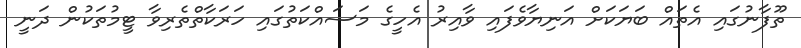
ތޫފާނުގައި އެތައް ބަޔަކަށް އަނިޔާވެފައި ވާއިރު އެހީގެ މަސައްކަތުގައި ހަރަކާތްތެރިވާ ޓީމުތަކުން ދަނީ